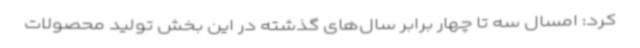
کرد: امسال سه تا چهار برابر سال‌های گذشته در این بخش تولید محصولات